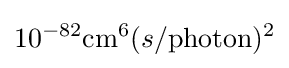
10^{-82}{\text{cm}}^{6}(s/{\text{photon}})^{2}